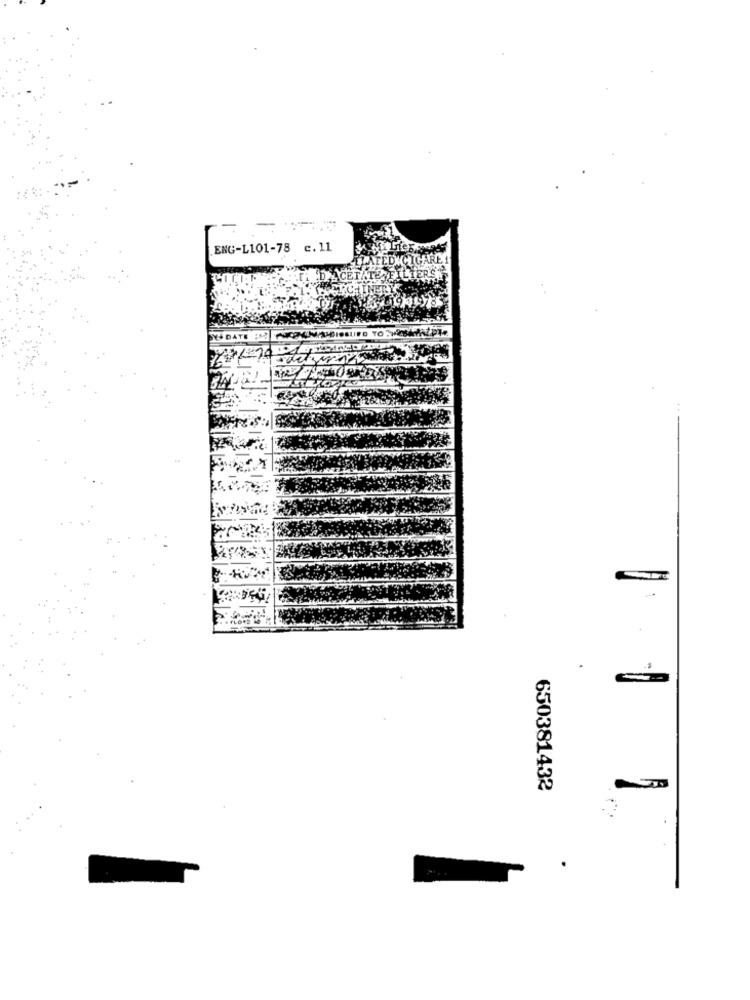
ENG-L101-78 c.11
650381432